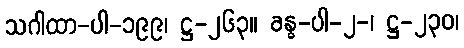
သဂါထာ-ပါ-၁၉၉၊ ဋ္ဌ-၂၆၃။ ခန္ဓ-ပါ-၂-၊ ဋ္ဌ-၂၃၀၊